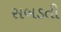
સબડતી